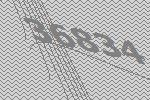
36834